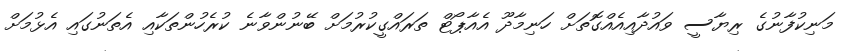
މަނިކުފާނުގެ ރިޔާސީ ވައުދާއިއެއްގޮތަށް ހަނިމާދޫ އެއާޕޯޓް ތަރައްގީކުރުމަށް ބޭނުންވާނެ ކުރެހުންތަކާއި އެތަނުގައި އެޅުމަށް